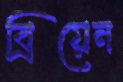
ব্রিয়েন